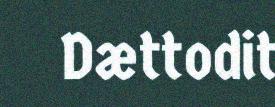
Dættodit